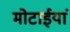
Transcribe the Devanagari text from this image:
मोटाईयां